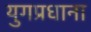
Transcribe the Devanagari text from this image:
युगप्रधाना